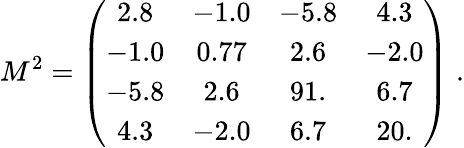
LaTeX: M^{2}=\left(\begin{array}{cccc}{{2.8}}&{{-1.0}}&{{-5.8}}&{{4.3}}\\ {{-1.0}}&{{0.77}}&{{2.6}}&{{-2.0}}\\ {{-5.8}}&{{2.6}}&{{91.}}&{{6.7}}\\ {{4.3}}&{{-2.0}}&{{6.7}}&{{20.}}\end{array}\right)\; .